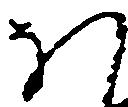
ほ